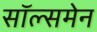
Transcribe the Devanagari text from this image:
सॉल्समेन